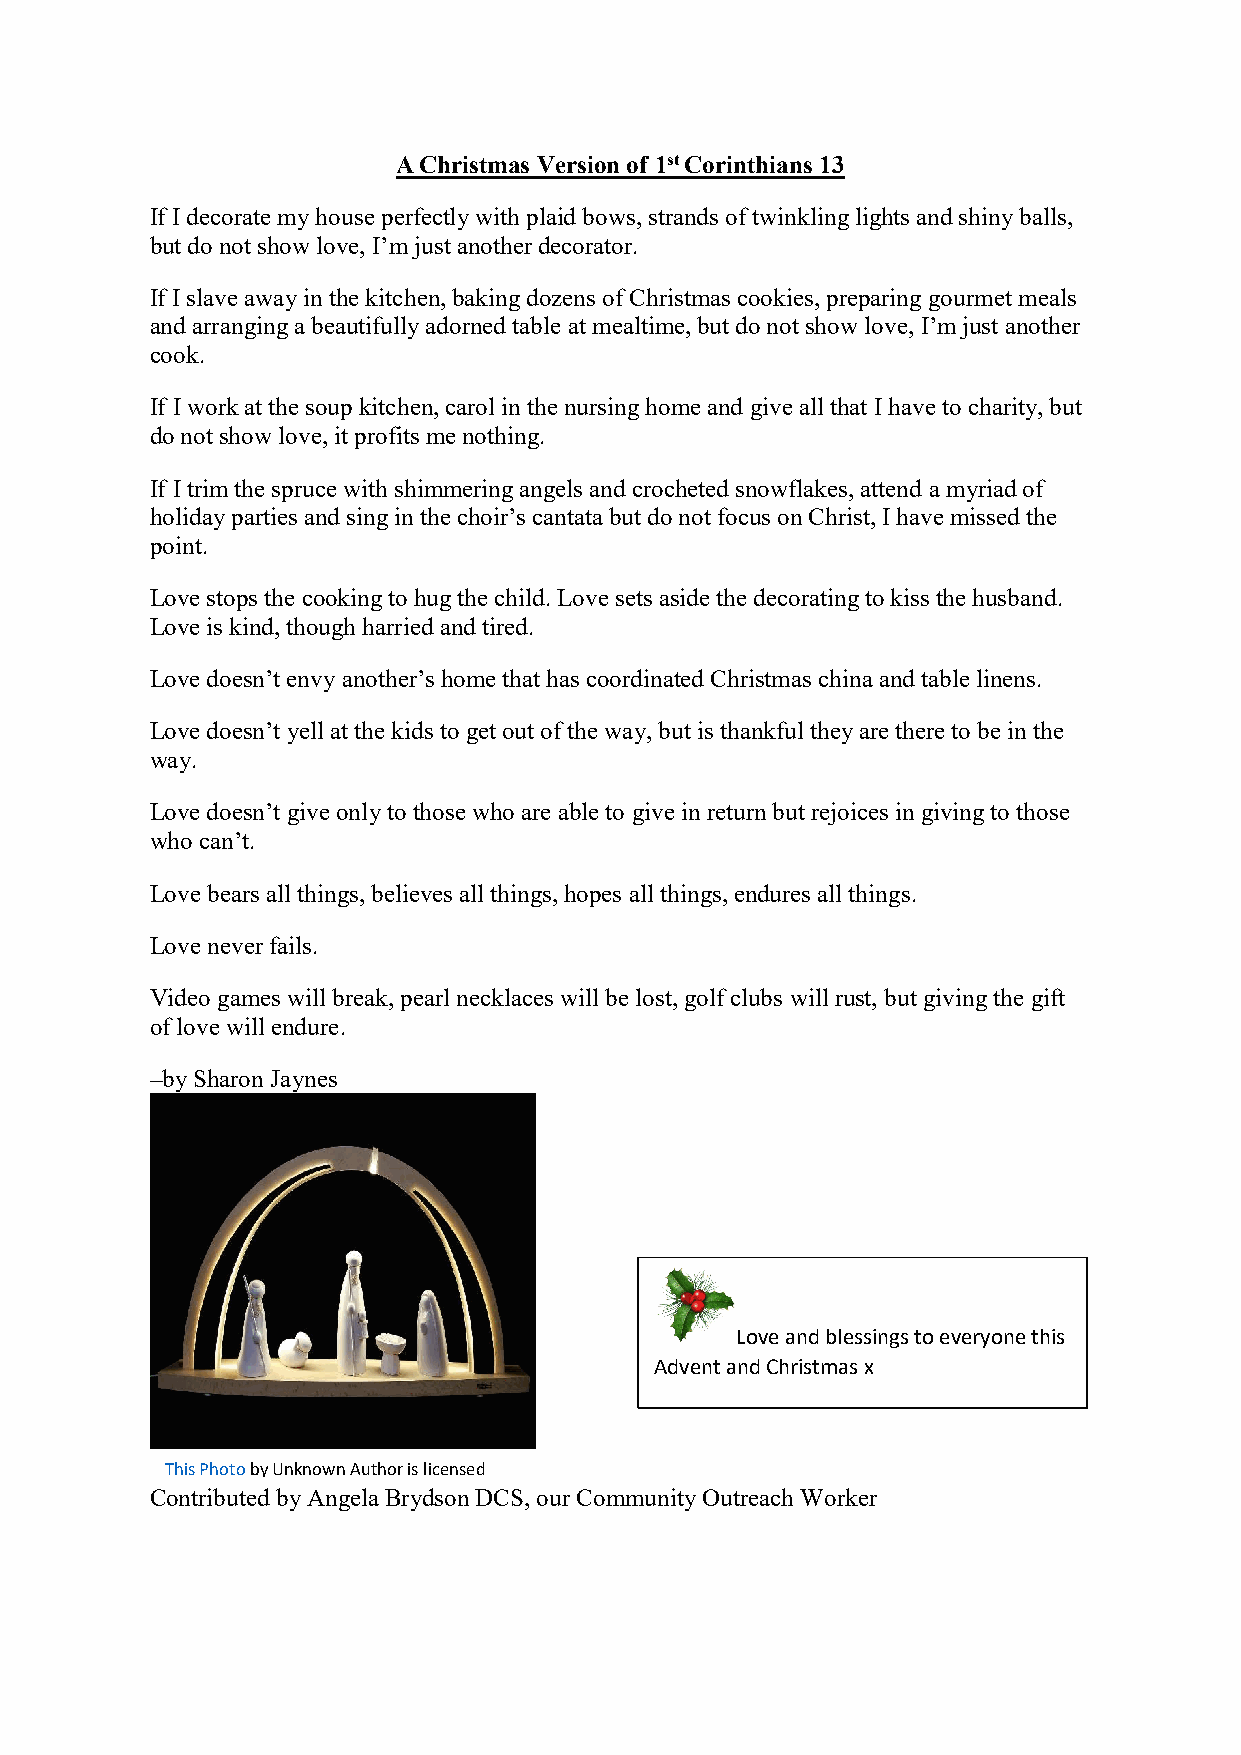
A Christmas Version of 1st Corinthians 13
 If I decorate my house perfectly with plaid bows, strands of twinkling lights and shiny balls,
 but do not show love, I’m just another decorator.
 If I slave away in the kitchen, baking dozens of Christmas cookies, preparing gourmet meals
 and arranging a beautifully adorned table at mealtime, but do not show love, I’m just another
 cook.
 If I work at the soup kitchen, carol in the nursing home and give all that I have to charity, but
 do not show love, it profits me nothing.
 If I trim the spruce with shimmering angels and crocheted snowflakes, attend a myriad of
 holiday parties and sing in the choir’s cantata but do not focus on Christ, I have missed the
 point.
 Love stops the cooking to hug the child. Love sets aside the decorating to kiss the husband.
 Love is kind, though harried and tired.
 Love doesn’t envy another’s home that has coordinated Christmas china and table linens.
 Love doesn’t yell at the kids to get out of the way, but is thankful they are there to be in the
 way.
 Love doesn’t give only to those who are able to give in return but rejoices in giving to those
 who can’t.
 Love bears all things, believes all things, hopes all things, endures all things.
 Love never fails.
 Video games will break, pearl necklaces will be lost, golf clubs will rust, but giving the gift
 of love will endure.
 –by Sharon Jaynes
 Love and blessings to everyone this
 Advent and Christmas x
 This Photo by Unknown Author is licensed
 Contributed by Angela Brydson DCS, our Community Outreach Worker